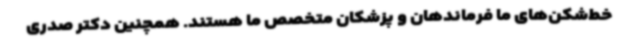
خط‌شکن‌های ما فرماندهان و پزشکان متخصص ما هستند. همچنین دکتر صدری